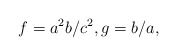
\begin{align*}f = a^2b/c^2, g = b/a,\end{align*}